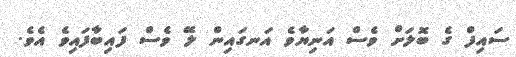
ސައިފް ގެ ބޮލަަށް ވެސް އަނިޔާވެ އަނގައިން ލޭ ވެސް ފައިބާފައިވެ އެވެ.